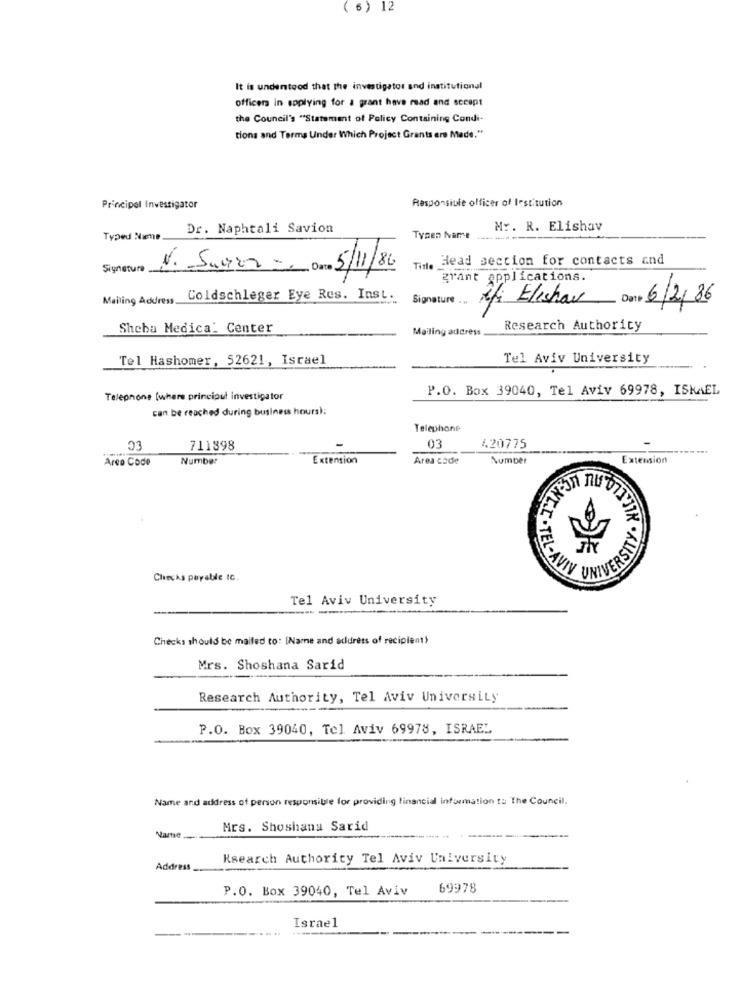
( 6 ) 12
It is understood that the investigator and institutional
officers in applying for a grant have read and secept
the Council's "Statement of Policy Containing Condi-
tions and Terms Under Which Project Grants are Made."
Responsible officer of Institution
Principal Investigator
Dr. Naphtali Savion
Mr. R. Elishav
Typed Name.
Tysen Name .......
Time Head section for contacts and
Şiynatura
N. Suror- Date 5/11/86
grant applications.
Mailing Address_
Coldschleger Eye Res. Inst.
Signature ...
Afi Elishav
6/2/86
Sheba Medica: Center
Mailing address
Research Authority
Tel Hashomer, 52621, Israel
Tel Aviv University
P.O. Box 39040, Tel Aviv 69978, ISKAEL
Telephone [where principul investigator
can be reached during business hours):
Telephone
03
711898
03
420775
Area Code
Number
Extension
Area code
Number
Extension
È
LIGNE.C.TEL- AVI
ETTK . KLISHES
Checks payable IC.
Tel Aviv University
Checks should be mailed to: [Name and address of recipient)
Mrs. Shoshana Sarid
Research Authority, Tel Aviv University
P.O. Box 39040, Tel Aviv 69978, ISRAEL
Name and address of person responsible for providing financial information to The Council.
Mrs. Shoshana Sarid
Name
Ksearch Authority Tel Aviv University
Address
P.O. Box 39040, Tel Aviv
69978
Israel